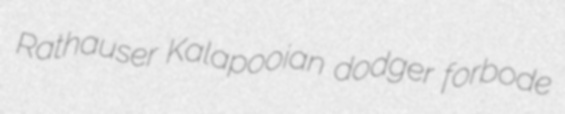
Rathauser Kalapooian dodger forbode